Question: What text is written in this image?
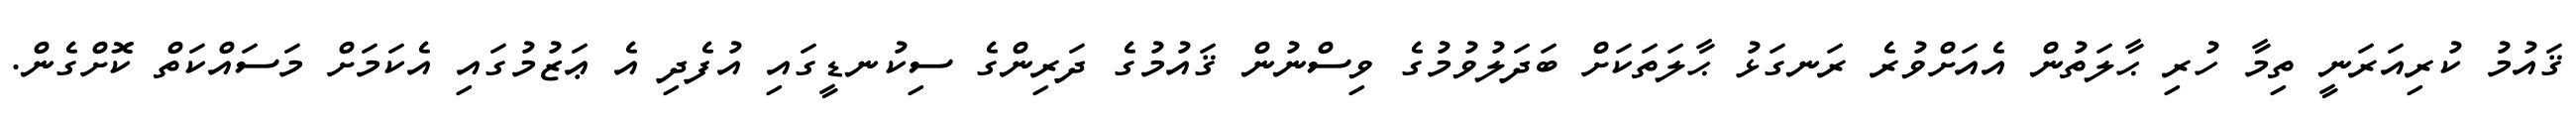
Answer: ޤައުމު ކުރިއަރަނީ ތިމާ ހުރި ޙާލަތުން އެއަށްވުރެ ރަނގަޅު ޙާލަތަކަށް ބަދަލުވުމުގެ ވިސްނުން ޤައުމުގެ ދަރިންގެ ސިކުނޑީގައި އުފެދި އެ ޢަޒުމުގައި އެކަމަށް މަސައްކަތް ކޮށްގެން.